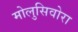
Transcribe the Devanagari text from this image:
मोलुसिवोरा